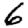
Digit: 6